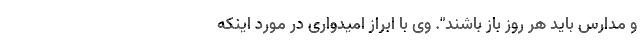
و مدارس باید هر روز باز باشند". وی با ابراز امیدواری در مورد اینکه